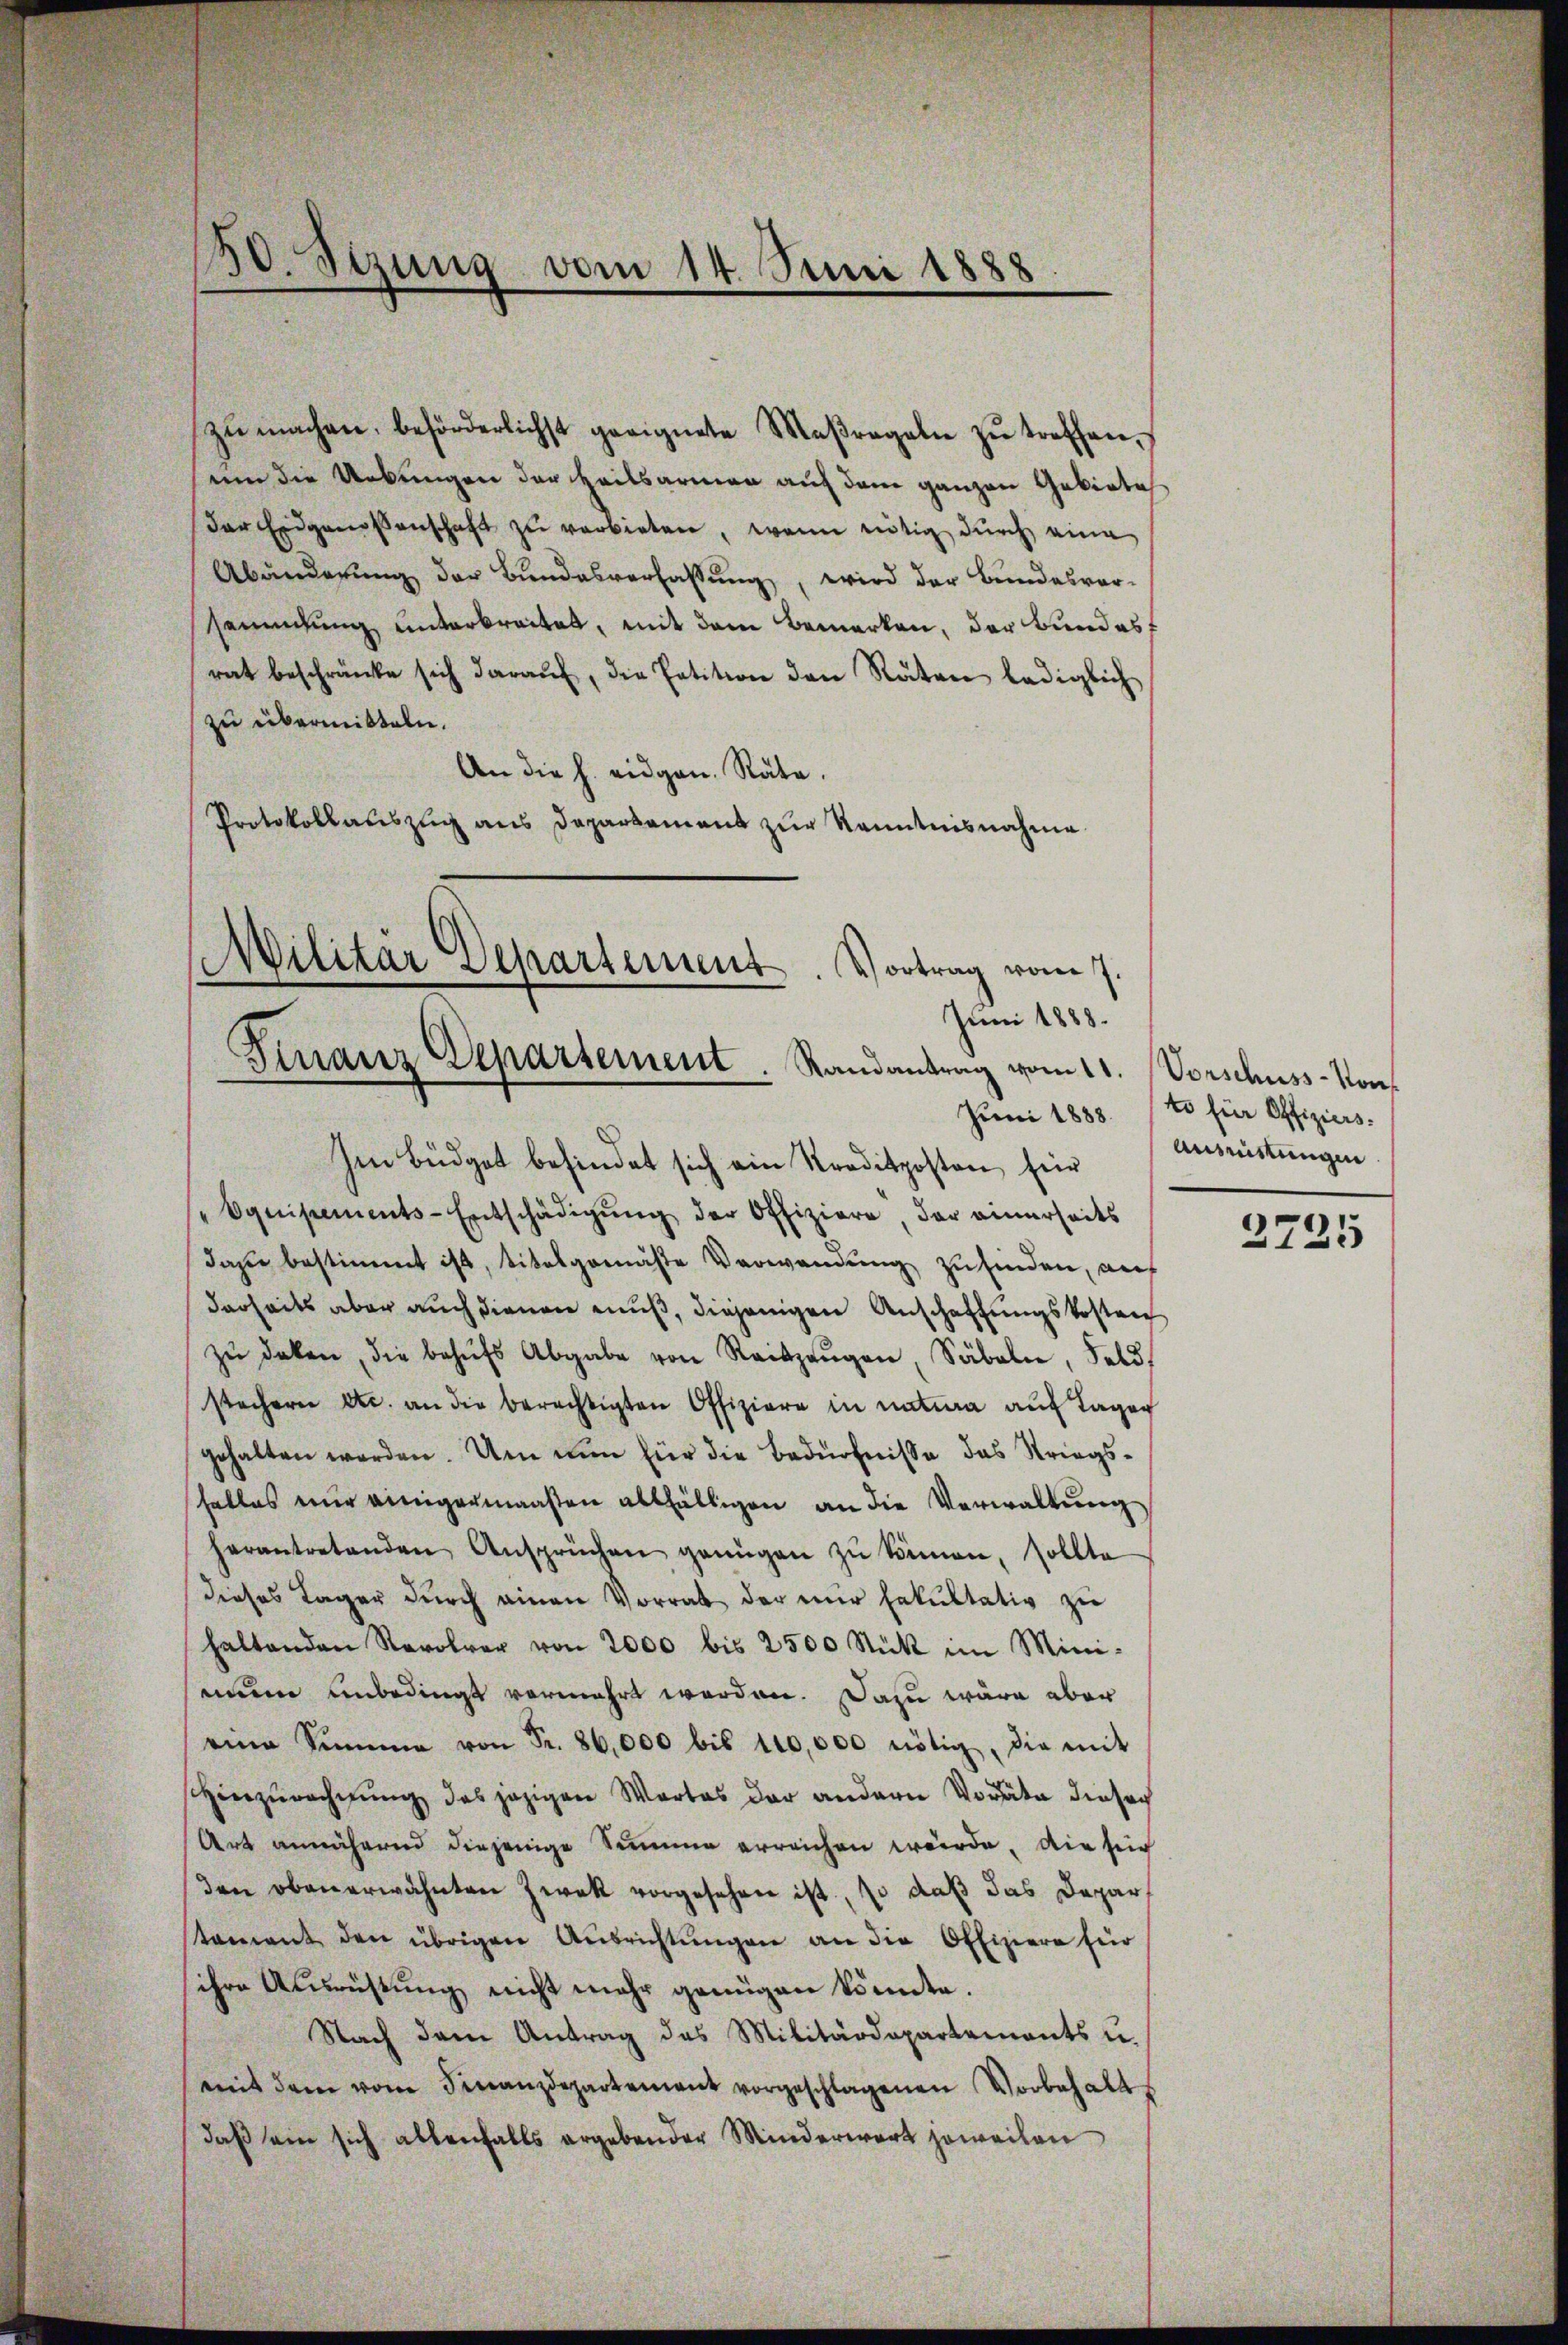
zŭ machen, beförderlichst geeignete Maßregeln zŭ treffen,
um die Urkungen der Heilsarmen auf dem ganzen Gebiete
Der Eidgenossenschaft zŭ verbieten, wenn nötig dŭrch eine
Abänderŭng der Bŭndesverfassŭng, wird der Bundesver-
sammlung unterbreitet, mit dem Bemerken, der Bundest
rat beschränke sich darauf, die Petition den Räten lediglich
zu übermitteln.
An die h. eidgen. Räte.
Protokollauszug aus Daparkament zur Kenntnisnahme

30. Sezung vom 14. Juni 1888

Militar Separtement. Vortrag vom 7.
Juni 1888.
Finanz Departement. Randantrag vom 11. Vorschuss - Kon¬

Im Büdget befindet sich ein Kreditposten für
"Equipements-Entschädigŭng der Offiziere, der einerseits
das bestimmt ist, titelgemäste Verwendung zufinden, auf
darheits aber auch dienen muß, diejenigen Anschaffungskosten
zŭ deken, die behŭfs Abgabe von Reiszeŭgen, Säbeln, Feld
stechern etc. an die berechtigten Offiziere in natura auf Tagen
gehalten worden. Um nun für die Bedürfnisse das Striegshalles nur einigermaaßen allfälligen an die Verwaltung
herantretenden Ansprüchen genügen zŭ können, sollte
dieses Lager durch einen Vorrat der mir Fakultativ zu
haltenden Revolver von 2000 bis 2500 Stück im Mini-
seinem unbedingt vermehrt werden. Dazu wäre aber
eine Summe von Fr. 86,000 bis 100,000 nötig, die mit
shinzurechnung des jezigen Wortes der andern Vorräte dieser
Art annähernd diejenige Summe erreichen würde, die sich
den obenerwähnten Zwek vorgesehen ist, so daß das Deparstament den übrigen Ausrichtungen an die Offiziere für
ihre Ausrüstung nicht mehr genügen könnte.
Nach dem Antrag des Militärdepartements u.
mit dem vom Finanzdepartement vorgeschlagenen Vorbehalts
daß ein sich allenfalls ergebender Minderwort jeweilen

Juni 1883. Es für Offiziers.
Ausrüstungen

2725